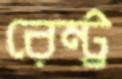
রেন্ট্র